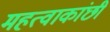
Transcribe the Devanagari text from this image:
महत्वाकांछी